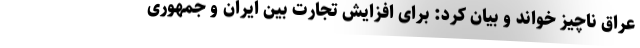
عراق ناچیز خواند و بیان کرد: برای افزایش تجارت بین ایران و جمهوری